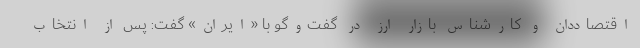
اقتصاددان و کارشناس بازار ارز در گفت‌و‌گو با «ایران» گفت: پس از انتخاب